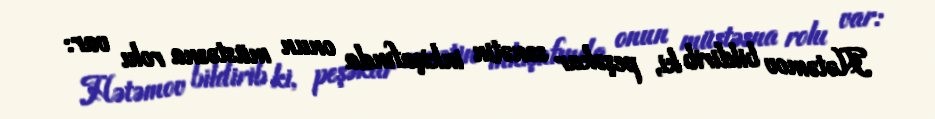
Hətəmov bildirib ki, peşəkar sənətin inkişafında onun müstəsna rolu var: